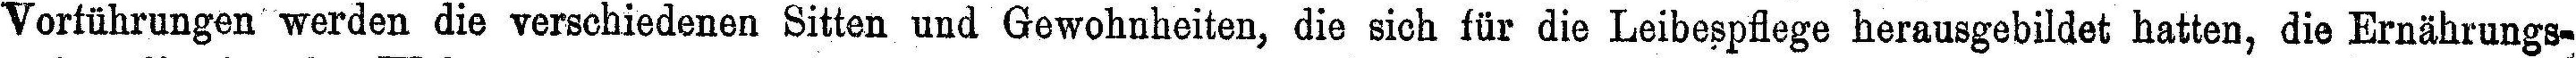
Vorführungen werden die verschiedenen Sitten und Gewohnheiten, die sich für die Leibespflege herausgebildet hatten, die Ernährungs¬